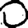
Digit: 0